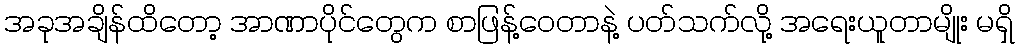
အခုအချိန်ထိတော့ အာဏာပိုင်တွေက စာဖြန့်ဝေတာနဲ့ ပတ်သက်လို့ အရေးယူတာမျိုး မရှိ